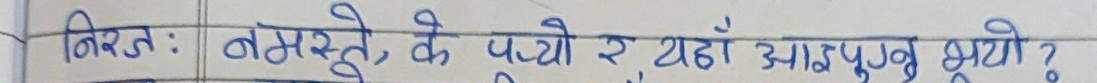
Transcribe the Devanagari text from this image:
विरत : नमस्ते, के पऱ्यो र यहाँ आइपुग्नु भयो ?